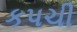
કપચી